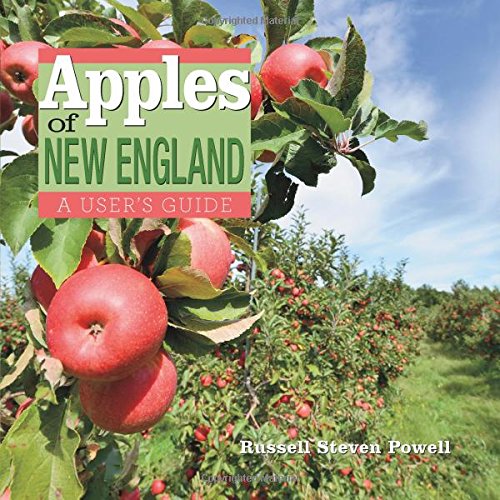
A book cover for Apples of New England: A User's Guide; Russell Powell; Crafts, Hobbies & Home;